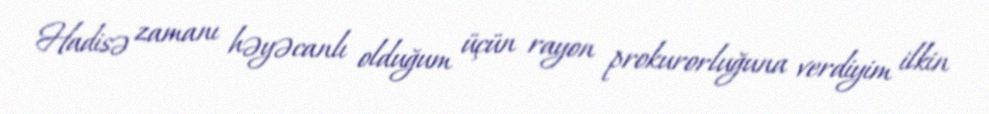
Hadisə zamanı həyəcanlı olduğum üçün rayon prokurorluğuna verdiyim ilkin